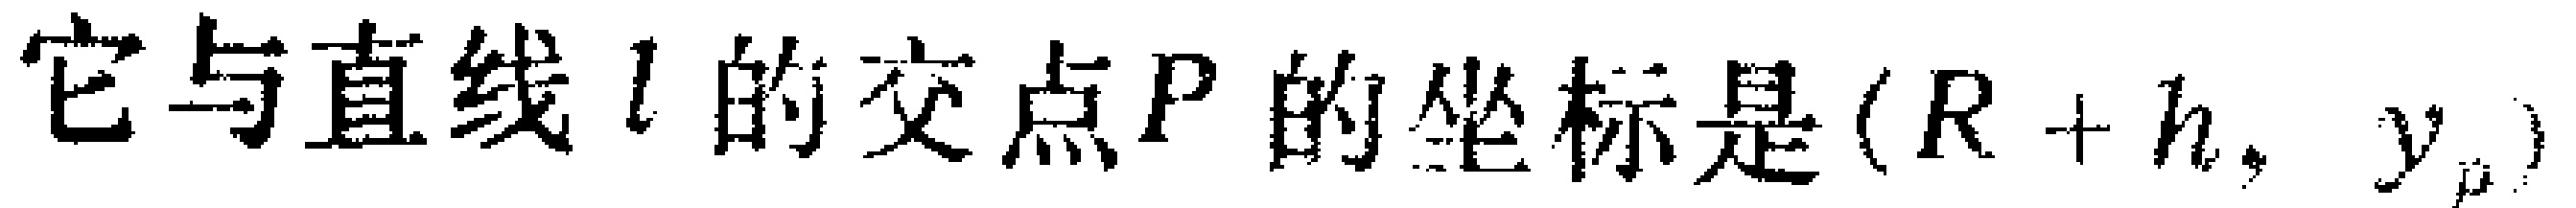
它与直线\(l\)的交点\(P\)的坐标是\((R + h, y_{p})\)